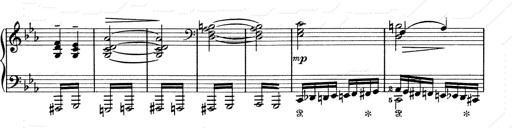
Title: 6 Polish Songs
Composer: Franz Liszt